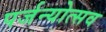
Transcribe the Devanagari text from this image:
पर्जन्योत्सव